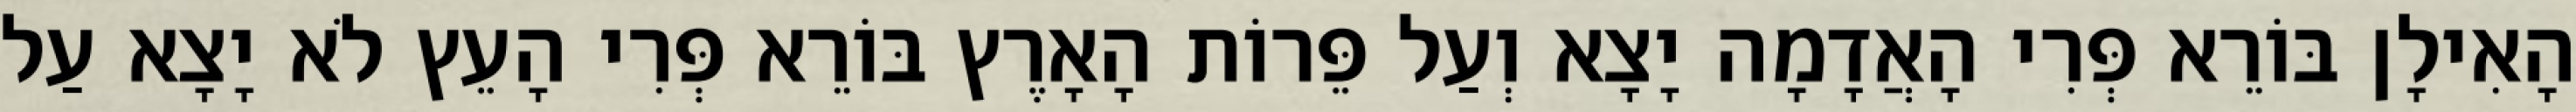
הָאִילָן בּוֹרֵא פְּרִי הָאֲדָמָה יָצָא וְעַל פֵּרוֹת הָאָרֶץ בּוֹרֵא פְּרִי הָעֵץ לֹא יָצָא עַל